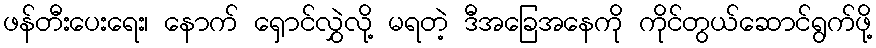
ဖန်တီးပေးရေး၊ နောက် ရှောင်လွှဲလို့ မရတဲ့ ဒီအခြေအနေကို ကိုင်တွယ်ဆောင်ရွက်ဖို့